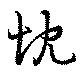
忱